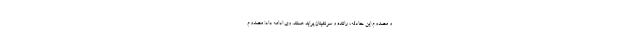
و مصدوم این حادثه، راننده و سرنشینان پراید هستند. وی ادامه داد: مصدوم